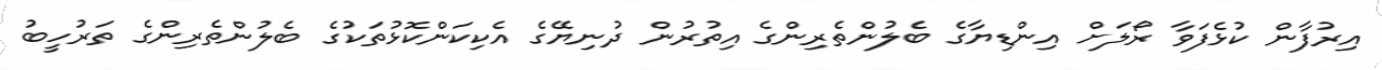
އިރުފާން ކުޅެފަވާ ރޯލަށް އިންޑިޔާގެ ބެލުންތެރިންގެ އިތުރުން ދުނިޔޭގެ އެކިކަންކޮޅުތަކުގެ ބެލުންތެރިންގެ ތަރުހީބު